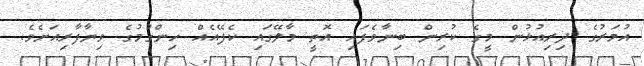
އުމަރުގެ ދިރިއުޅުން މީގެ ކުރިން ބިނާވެފައި އޮތީ މާލޭގައި ކެފޭއެއް ހިންގުމުގެ ވިޔާފާރިއަށެވެ.